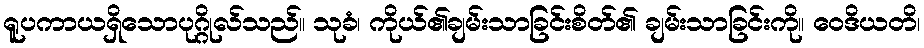
ရူပကာယရှိသောပုဂ္ဂိုလ်သည်။ သုခံ၊ ကိုယ်၏ချမ်းသာခြင်းစိတ်၏ ချမ်းသာခြင်းကို။ ဝေဒိယတိ၊